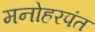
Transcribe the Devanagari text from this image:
मनोहरपंत